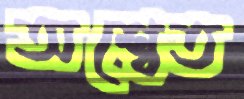
অশ্বেত